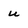
Character: u